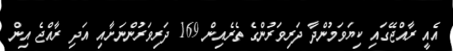
އެއީ ރާއްޖޭގައި ކިޔަވަމުންދާ ދަރިވަރުންގެ ތެރެއިން 169 ދަރިވަރުންނަށާއި އަދި ރާއްޖެ އިން